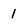
Character: 1